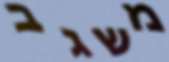
משגב